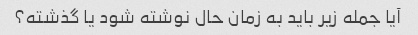
آیا جمله زیر باید به زمان حال نوشته شود یا گذشته؟